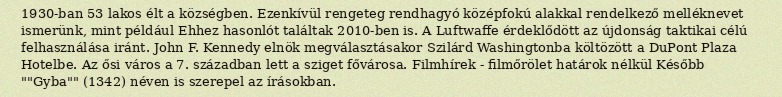
1930-ban 53 lakos élt a községben. Ezenkívül rengeteg rendhagyó középfokú alakkal rendelkező melléknevet ismerünk, mint például Ehhez hasonlót találtak 2010-ben is. A Luftwaffe érdeklődött az újdonság taktikai célú felhasználása iránt. John F. Kennedy elnök megválasztásakor Szilárd Washingtonba költözött a DuPont Plaza Hotelbe. Az ősi város a 7. században lett a sziget fővárosa. Filmhírek - filmőrölet határok nélkül Később ""Gyba"" (1342) néven is szerepel az írásokban.